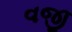
વજી